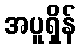
အပူရှိန်